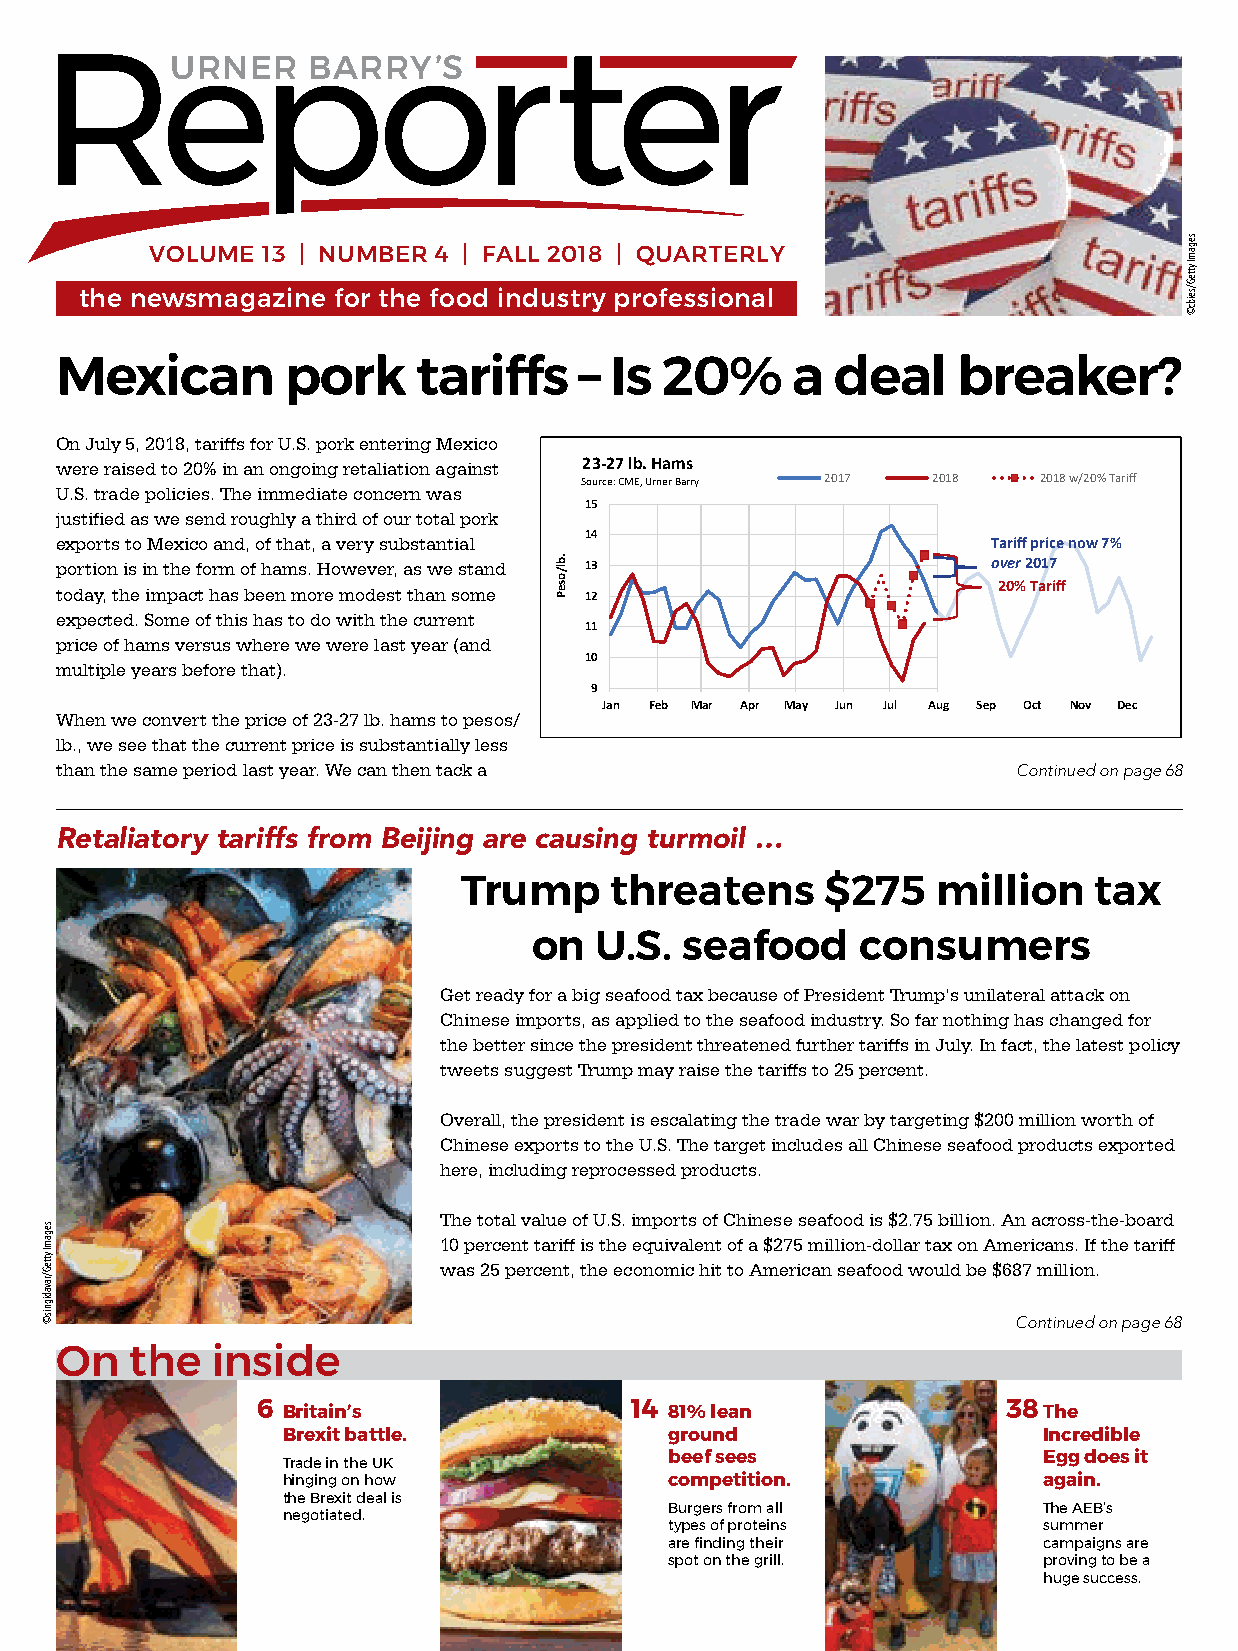
URNER    BARRY’S
 VOLUME 13 | NUMBER 4 | FALL 2018 | QUARTERLY
 the newsmagazine for the food industry professional
 Mexican        pork     tariffs   – Is  20%     a  deal    breaker?
 On July 5, 2018, tariffs for U.S. pork entering Mexico
 were raised to 20% in an ongoing retaliation against 23-27 lb. Hams
 Source:CME, Urner Barry 2017 2018 2018 w/20% Tariff
 U.S. trade policies. The immediate concern was
 15
 justified as we send roughly a third of our total pork
 14
 exports to Mexico and, of that, a very substantial            Tariff pricenow 7%
 portion is in the form of hams. However, as we stand 13       over2017
 20% Tariff
 today, the impact has been more modest than some 12
 expected. Some of this has to do with the current
 11
 price of hams versus where we were last year (and
 10
 multiple years before that).
 9
 Jan Feb Mar Apr May Jun Jul Aug Sep Oct Nov Dec
 When we convert the price of 23-27 lb. hams to pesos/
 lb., we see that the current price is substantially less
 than the same period last year. We can then tack a             Continued on page 68
 Retaliatory tariffs from Beijing are causing turmoil …
 Trump     threatens      $275   million   tax
 on  U.S.  seafood     consumers
 Get ready for a big seafood tax because of President Trump’s unilateral attack on
 Chinese imports, as applied to the seafood industry. So far nothing has changed for
 the better since the president threatened further tariffs in July. In fact, the latest policy
 tweets suggest Trump may raise the tariffs to 25 percent.
 Overall, the president is escalating the trade war by targeting $200 million worth of
 Chinese exports to the U.S. The target includes all Chinese seafood products exported
 here, including reprocessed products.
 The total value of U.S. imports of Chinese seafood is $2.75 billion. An across-the-board
 10 percent tariff is the equivalent of a $275 million-dollar tax on Americans. If the tariff
 was 25 percent, the economic hit to American seafood would be $687 million.
 Continued on page 68
 On   the  inside
 6 Britain’s              14 81% lean              38 The
 Brexit battle.           ground                   Incredible
 Trade in the UK          beef sees                Egg does it
 hinging on how           competition.             again.
 the Brexit deal is
 Burgers from all         The AEB’s
 negotiated.
 types of proteins        summer
 are finding their        campaigns are
 spot on the grill.       proving to be a
 huge success.
 segamI
 ytteG/ravadignis©
 .bl/oseP
 segamI
 ytteG/seibc©